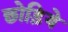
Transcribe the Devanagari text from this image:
छोड़िये